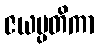
ဇယမ္ပတိကာ